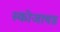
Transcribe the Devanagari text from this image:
स्कीजायड